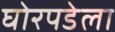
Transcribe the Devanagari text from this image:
घोरपडेला